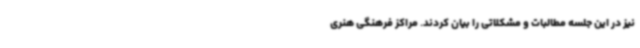
نیز در این جلسه مطالبات و مشکلاتی را بیان کردند. مراکز فرهنگی هنری